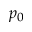
p _ { 0 }